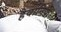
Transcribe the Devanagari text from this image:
हैवानिया